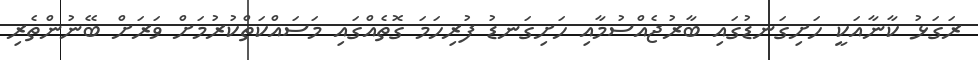
ރަގަޅު ކާނާއަކީ ހަށިގަނޑުގައި ބާރުޖެއްސުމާއި ހަށިގަނޑު ފުރިހަމަ ގޮތެއްގައި މަސައްކަތްކުރުމަށް ވަރަށް ބޭނުންތެރި